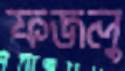
ফজলু